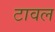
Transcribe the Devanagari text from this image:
टावल